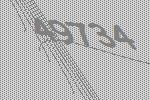
49734